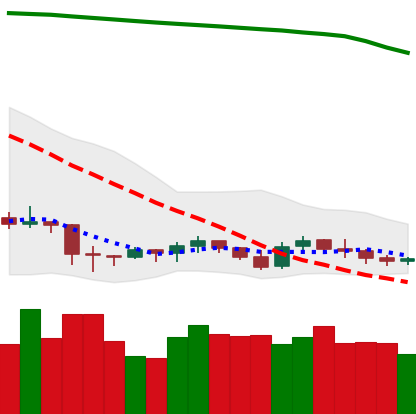
Ticker: XRP-USD
Chart end date: 2019-09-13
Forward return: 22.784%
Label: up_7plus